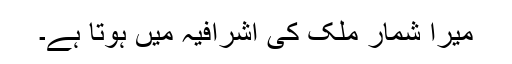
میرا شمار ملک کی اشرافیہ میں ہوتا ہے۔